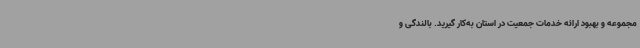
مجموعه و بهبود ارائه خدمات جمعیت در استان به‌کار گیرید. بالندگی و